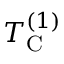
T _ { \mathrm { C } } ^ { ( 1 ) }